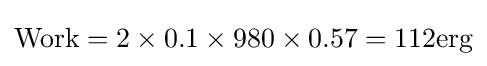
{\text{Work}}=2\times 0.1\times 980\times 0.57=112{\text{erg}}\,\!